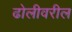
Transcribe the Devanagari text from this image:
ढोलीवरील